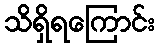
သိရှိရကြောင်း